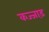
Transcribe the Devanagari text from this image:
कज्जाड़